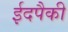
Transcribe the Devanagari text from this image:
ईदपैकी